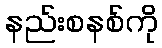
နည်းစနစ်ကို